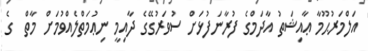
އަލްމަރުޙޫމާ ޢާއިޝަތު އާދަމްގެ ފުރާނަފުޅަށް ސުވަރުގޭގެ ދާއިމީ ނިޢުމަތްލެއްވުމަށް މާތް  ގެ